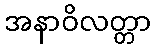
အနာဝိလတ္တာ